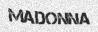
MADONNA